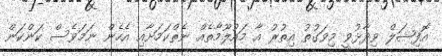
އޮފިޝަލް ވިދާޅުވީ މިވަގުތު އިތުރު އާ މައުލޫމާތެއް ނެތްކަމަށާއި އެހެން ނަމަވެސް ކަންކަން